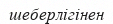
шеберлігінен